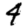
Digit: 4